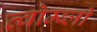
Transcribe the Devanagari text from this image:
त्वोम्ब्ली